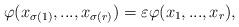
LaTeX: \begin{align*}\varphi(x_{\sigma(1)},...,x_{\sigma(r)})=\varepsilon\varphi(x_1,...,x_r),\end{align*}